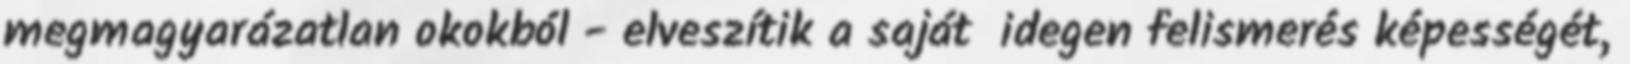
megmagyarázatlan okokból - elveszítik a saját idegen felismerés képességét,